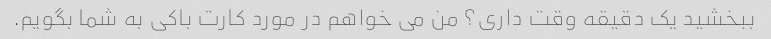
ببخشید یک دقیقه وقت داری؟ من می خواهم در مورد کارت باکی به شما بگویم.